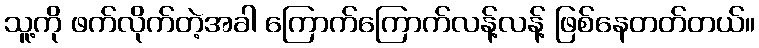
သူ့ကို ဖက်လိုက်တဲ့အခါ ကြောက်ကြောက်လန့်လန့် ဖြစ်နေတတ်တယ်။